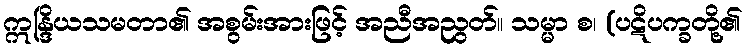
ဣန္ဒြိယသမတာ၏ အစွမ်းအားဖြင့် အညီအညွတ်။ သမ္မာ စ၊ (ပဋိပက္ခတို့၏